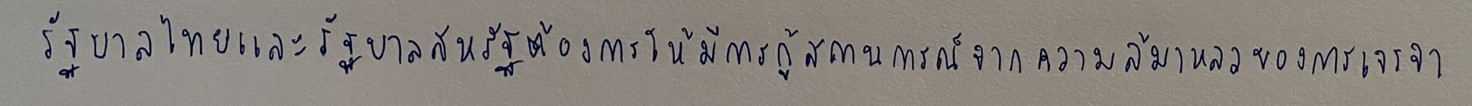
รัฐบาลไทยและรัฐบาลสหรัฐต้องการให้มีการกู้สถานการณ์จากความล้มเหลวของการเจรจา